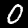
Label: 0